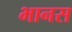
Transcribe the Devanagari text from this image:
भानस